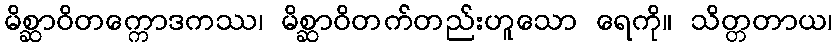
မိစ္ဆာဝိတက္ကောဒကဿ၊ မိစ္ဆာဝိတက်တည်းဟူသော ရေကို။ သိတ္တတာယ၊